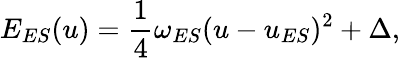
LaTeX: E_{ES}(u)=\frac{1}{4}\omega_{ES}(u-u_{ES})^{2}+\Delta,